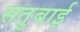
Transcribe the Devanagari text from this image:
सतुबाई